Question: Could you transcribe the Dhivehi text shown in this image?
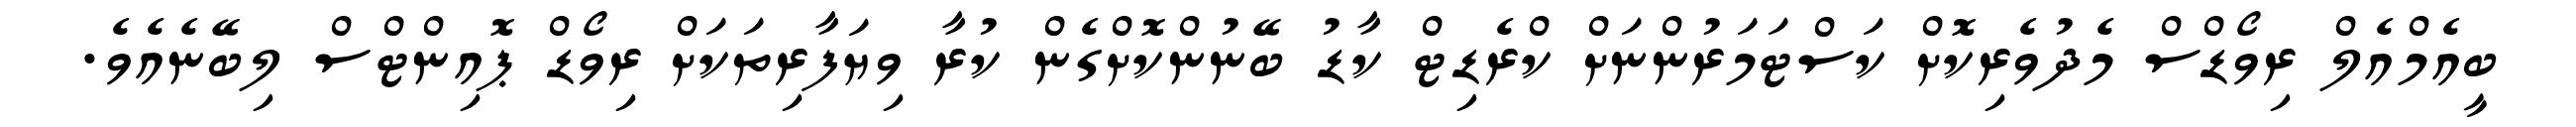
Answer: ބީއެމްއެލް ރިވޯޑްސް މެދުވެރިކޮށް ކަސްޓަމަރުންނަށް ކްރެޑިޓް ކާޑު ބޭނުންކޮށްގެން ކުރާ ވިޔަފާރިތަކަށް ރިވޯޑް ޕޮއިންޓްސް ލިބޭނެއެވެ.